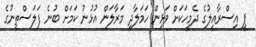
ޕީ އިސްރާއީލުގެ ދެމީހަކަށް ވަޅިން ހަމަލާދީ މަރާލަން އުޅުނު ކަމަށް ބުނެ ފަލަސްތީނުގެ